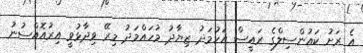
އެ ރަށު ކައުންސިލްގެ ރައީސް އަހުމަދު ޒިޔާދު މުހައްމަދު މިރޭ ވިދާޅުވީ އިރުއޮއްސުނު